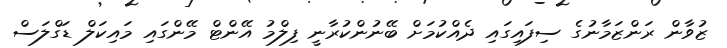
ޒުވާން ރަންޒަމާނުގެ ސިފައިގައި ދެއްކުމަށް ބޭނުންކުރާނީ ފިލްމު އޭންޓް މޭންގައި މައިކަލް ޑަގްލަސް